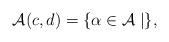
LaTeX: \begin{gather*}\mathcal{A}(c,d)= \{\alpha \in \mathcal{A} \mid \}, \end{gather*}